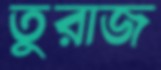
তুরাজ